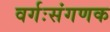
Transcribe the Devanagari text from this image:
वर्गःसंगणक